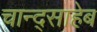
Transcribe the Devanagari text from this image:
चान्द्साहेब